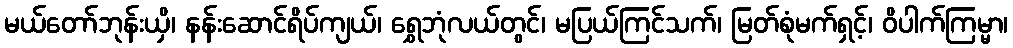
မယ်တော်ဘုန်းယှိ၊ နန်းဆောင်ရိပ်ကျယ်၊ ရွှေဘုံလယ်တွင်၊ မပြယ်ကြင်သက်၊ မြတ်စုံမက်ရှင့်၊ ဝိပါက်ကြမ္မာ၊